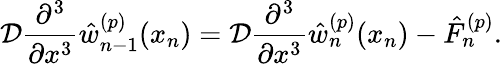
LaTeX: \mathcal{D}\frac{\partial^{3}}{\partial x^{3}}\hat{w}_{n-1}^{(p)}(x_{n})=\mathcal{D}\frac{\partial^{3}}{\partial x^{3}}\hat{w}_{n}^{(p)}(x_{n})-\hat{F}_{n}^{(p)}.